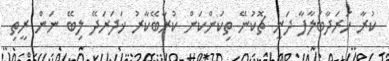
ކުރާ ހަރަދާބަލާފާ ދަނީ ޗޮކުނޭ ތިކަންކަން ކުރާބޭކާރު ޚަދަރަދޭ ލިބޭ ނަން ރީތި